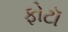
ફોટૉ